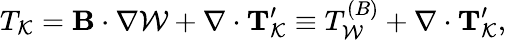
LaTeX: T_{\cal{K}}={\mathbf{B}}\cdot\nabla{\cal{W}}+\nabla\cdot{\mathbf{T}}_{\cal{K}}^{\prime}\equiv T_{\cal{W}}^{(B)}+\nabla\cdot{\mathbf{T}}_{\cal{K}}^{\prime},